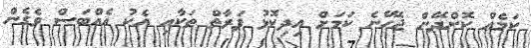
ކަމެއް ކޮށްދޭން ޖެހޭނެ ކަމަށް އިދިކޮޅު ފަރާތް ތަކާއި އެކު އެއްބަސް ވެގެން